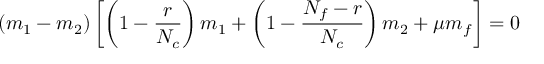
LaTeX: ( m _ { 1 } - m _ { 2 } ) \left[ \left( 1 - \frac { r } { N _ { c } } \right) m _ { 1 } + \left( 1 - \frac { N _ { f } - r } { N _ { c } } \right) m _ { 2 } + \mu m _ { f } \right] = 0